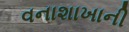
વનાશાખાની